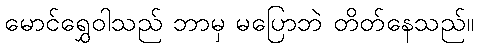
မောင်ရွှေဝါသည် ဘာမှ မပြောဘဲ တိတ်နေသည်။